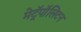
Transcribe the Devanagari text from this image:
मेट्रॅपॉलिटन